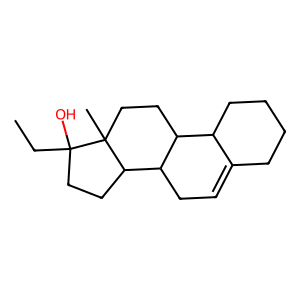
SMILES: CCC1(O)CCC2C3CC=C4CCCCC4C3CCC21C
Inhibits HIV replication: No